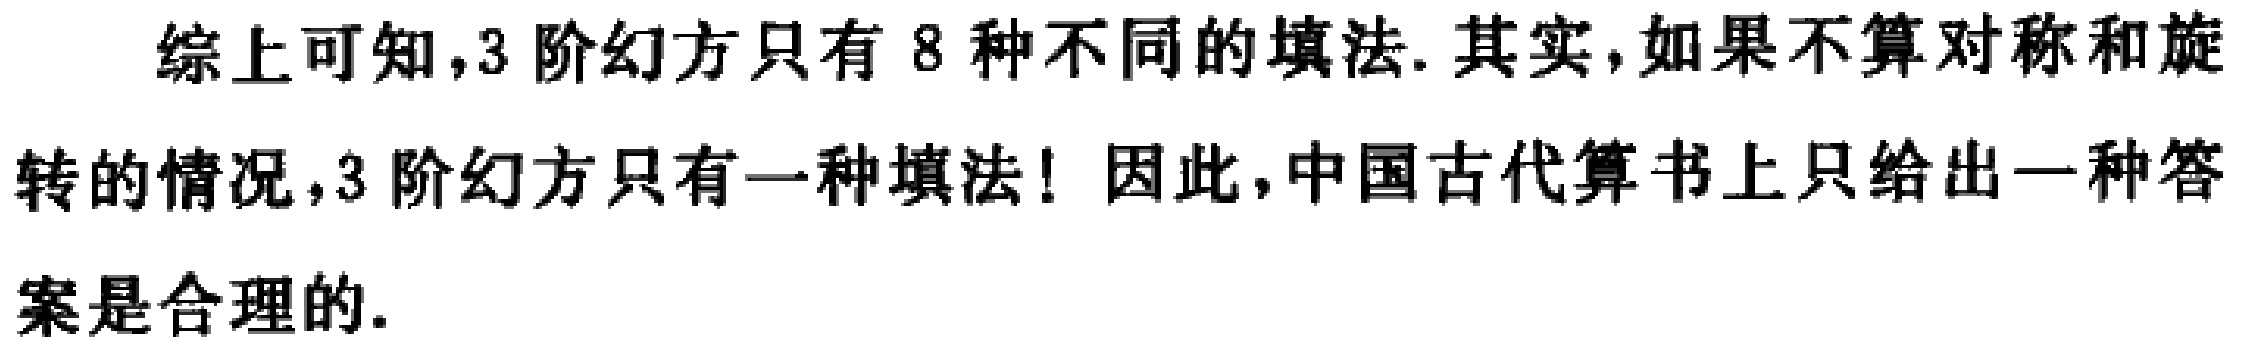
综上可知，3 阶幻方只有 8 种不同的填法. 其实，如果不算对称和旋转的情况，3 阶幻方只有一种填法! 因此，中国古代算书上只给出一种答案是合理的.